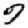
Digit: 7